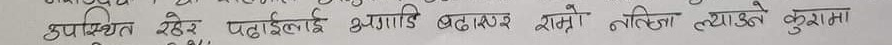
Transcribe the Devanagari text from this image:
उपस्थित रहेर पढाइलाई अगाडि बढाएर राम्रो नतिजा ल्याउने कुरामा